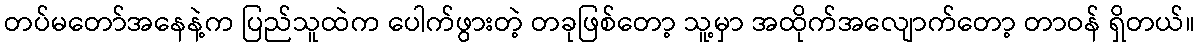
တပ်မတော်အနေနဲ့က ပြည်သူထဲက ပေါက်ဖွားတဲ့ တခုဖြစ်တော့ သူ့မှာ အထိုက်အလျောက်တော့ တာဝန် ရှိတယ်။